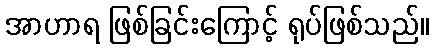
အာဟာရ ဖြစ်ခြင်းကြောင့် ရုပ်ဖြစ်သည်။